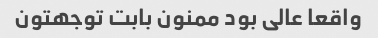
واقعا عالی بود ممنون بابت توجهتون